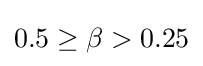
0.5\geq \beta >0.25